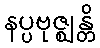
နပ္ပဗုဇ္ဈန္တိ